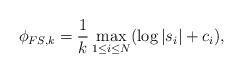
LaTeX: \begin{align*}\phi_{FS,k}= \frac{1}{k} \max_{1\leq i\leq N}(\log |s_i| +c_i),\end{align*}